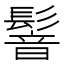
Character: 𩮋